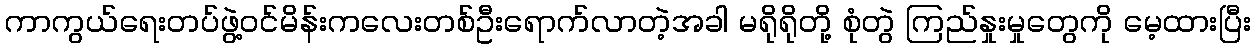
ကာကွယ်ရေးတပ်ဖွဲ့ဝင်မိန်းကလေးတစ်ဦးရောက်လာတဲ့အခါ မရိုရိုတို့ စုံတွဲ ကြည်နှုးမှုတွေကို မေ့ထားပြီး